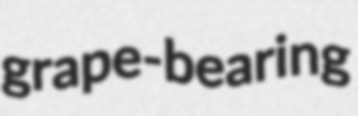
grape-bearing